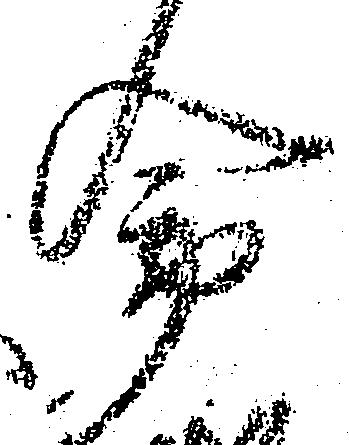
命